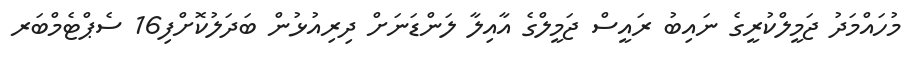
މުހައްމަދު ޖަމީލްކުރީގެ ނައިބު ރައީސް ޖަމީލްގެ އާއިލާ ލަންޑަނަށް ދިރިއުޅުން ބަދަލުކޮށްފި16 ސެޕްޓެމްބަރ